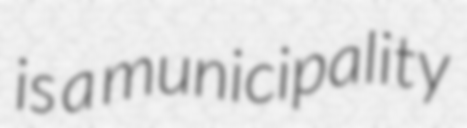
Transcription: is a municipality